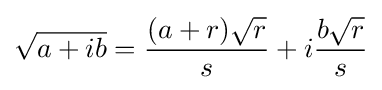
{\sqrt {a+ib}}={\frac {(a+r){\sqrt {r}}}{s}}+i{\frac {b{\sqrt {r}}}{s}}